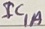
Text: IC1A